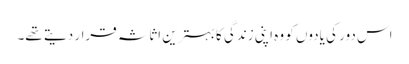
اس دور کی یادوں کو وہ اپنی زندگی کا بہترین اثاثہ قرار دیتے تھے۔